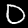
Label: 0